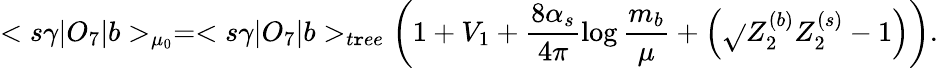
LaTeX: <s\gamma|O_{7}|b>_{\mu_{0}}=<s\gamma|O_{7}|b>_{t\mathtt{r}ee}\left(1+V_{1}+\frac{{8\alpha_{s}}}{{4\pi}}\log\frac{{m_{b}}}{{\mu}}+\left(\sqrt{}{{Z_{2}^{(b)}Z_{2}^{(s)}}}-1\right)\right).